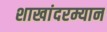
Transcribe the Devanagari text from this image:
शाखांदरम्यान